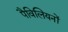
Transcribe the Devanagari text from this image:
पैविलियनों